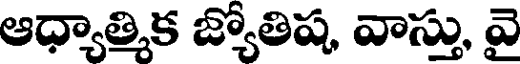
ఆధ్యాత్మిక జ్యోతిష, వాస్తు, వై